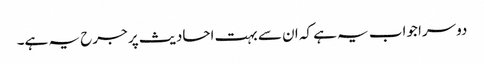
دوسرا جواب یہ ہے کہ ان سے بہت احادیث پر جرح یہ ہے۔